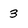
Character: 3